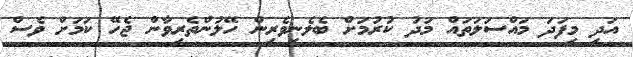
އަދި މިފަދަ މައްސަލަތައް މަދު ކުރުމަށް ބެލެނިވެރިން ހޭލުންތެރިވާން ޖެހޭ ކަމަށް ވެސް